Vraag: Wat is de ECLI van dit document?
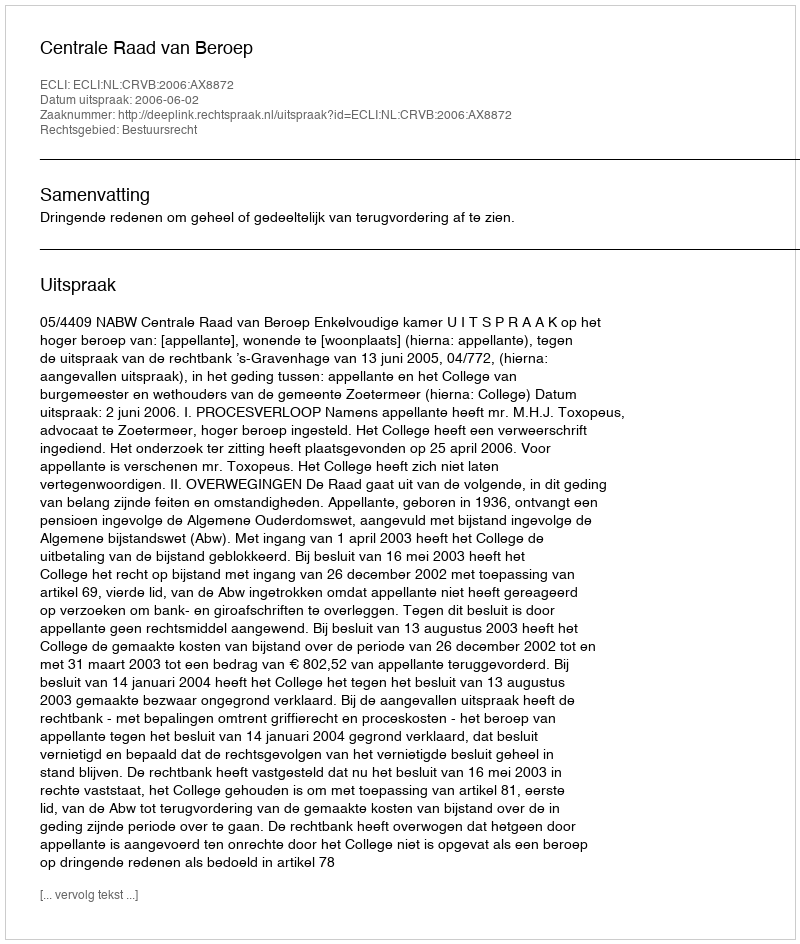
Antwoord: ECLI:NL:CRVB:2006:AX8872